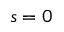
s = 0